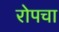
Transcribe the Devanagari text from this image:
रोपचा